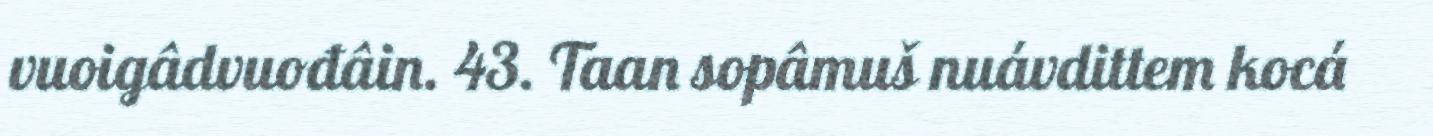
vuoigâdvuođâin. 43. Taan sopâmuš nuávdittem kocá